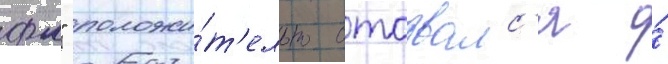
фм" положи́т'ельно отозвалс'я о́